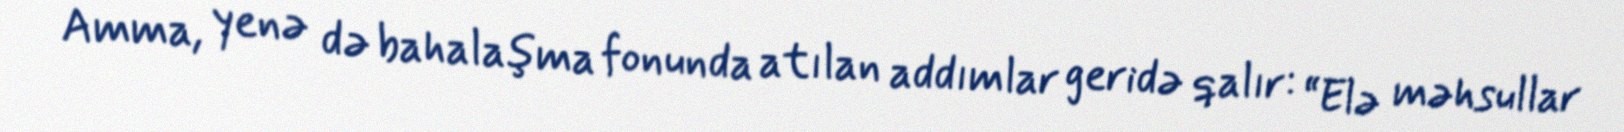
Amma, yenə də bahalaşma fonunda atılan addımlar geridə qalır: “Elə məhsullar